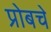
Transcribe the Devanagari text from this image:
प्रोबचे